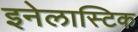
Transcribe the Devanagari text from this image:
इनेलास्टिक